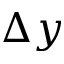
\Delta y